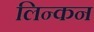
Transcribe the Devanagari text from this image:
लिन्कन